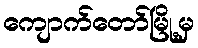
ကျောက်တော်မြို့မှ